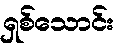
ရှစ်သောင်း